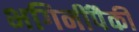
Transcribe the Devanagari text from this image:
भगिनींपैकी